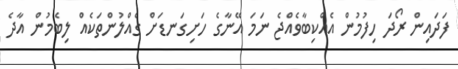
ފަދައިން ރޯދަ ހިފުމުން އެއްކިބާވެއްޖެ ނަމަ އޭނާގެ ހަށިގަނޑަށް ގެއްލުންތަކެއް ލިބެމުން އާދެ